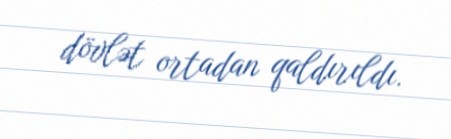
dövlət ortadan qaldırıldı.